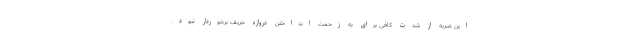
این ضربه از شدت کافی برای به زحمت انداختن دروازه حریف برخوردار نبود.